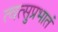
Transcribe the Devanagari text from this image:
त्वत्सुप्रभातं